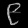
Digit: ၉